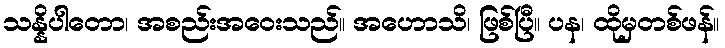
သန္နိပါတော၊ အစည်းအဝေးသည်။ အဟောသိ၊ ဖြစ်ပြီ။ ပန၊ ထိုမှတစ်ဖန်။